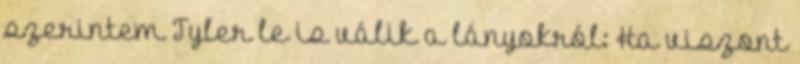
szerintem Tyler le is válik a lányokról: Ha viszont